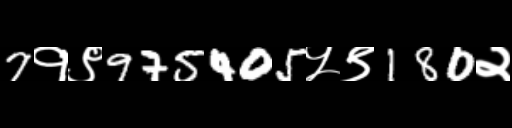
Text: 7१९975405५९180२